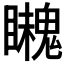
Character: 𩴈